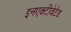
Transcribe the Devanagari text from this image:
इनएक्टीवेटेड